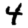
Digit: 4